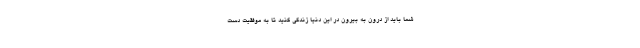
شما باید از درون به بیرون در این دنیا زندگی کنید تا به موفقیت دست